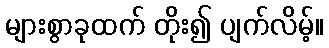
များစွာခုထက် တိုး၍ ပျက်လိမ့်။